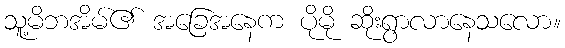
သူ့မိဘအိမ်၏ အခြေအနေက ပိုမို ဆိုးရွာလာနေသလော။